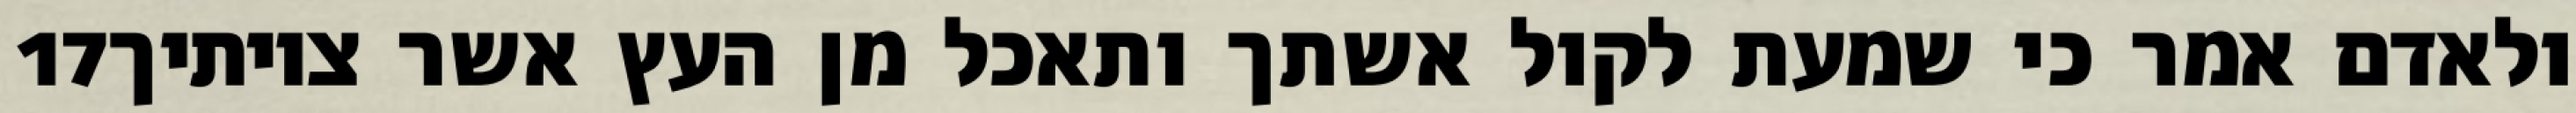
‎17‏ ולאדם אמר כי שמעת לקול אשתך ותאכל מן העץ אשר צויתיך